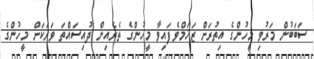
ސަބަބުން މަރުވި މީހުންގެ އިތުރަށް ޒަޚަމްވެފައިވާ މީހުންގެ ތެރެއިން ދުއިސައްތަ ވަރަކަށް މީހުންގެ